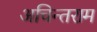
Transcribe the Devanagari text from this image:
अचिन्तराम